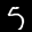
Label: 5